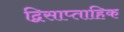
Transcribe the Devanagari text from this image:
द्विसाप्‍ताहिक